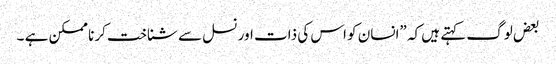
بعض لوگ کہتے ہیں کہ ”انسان کو اس کی ذات اور نسل سے شناخت کرنا ممکن ہے ۔